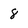
Character: 8